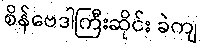
စိန်ဗေဒါကြီးဆိုင်း ခဲကျ